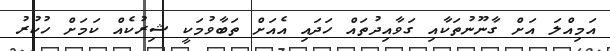
އަމިއްލަ އަށް ގާނޫނުތަކާއި ގަވާއިދުތައް ހަދައި އެއަށް ތަބާވުމަކީ ޝިރުކެއް ކަމަށް ހުކުރު